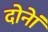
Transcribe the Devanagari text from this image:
दोनेां